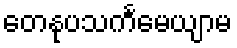
တေနုပသင်္ကမေယျာမ